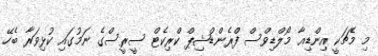
މި މެޗަކީ އިންޑިއާ މޯލްޑިވްސް ފްރެންޑްޝިޕް ކްރިކެޓް ސީރީސްގެ ނަމުގައި ކުޅިވަރާ ބެހޭ